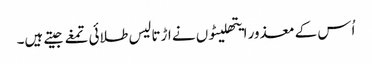
اُس کے معذور ایتھلیٹوں نے اڑتالیس طلائی تمغے جیتے ہیں۔